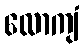
လောကျံ